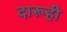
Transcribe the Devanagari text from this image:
दारूही